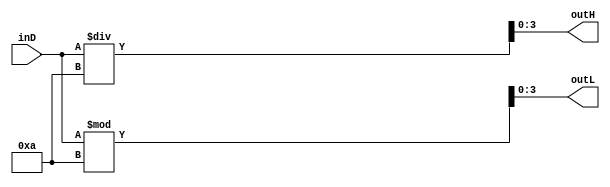
module bin_to_dec(
    input wire [31:0] inD,
    output wire [3:0] outH,
    output wire [3:0] outL
    );
	assign  outH = inD / 10;
	assign  outL = inD % 10;
endmodule